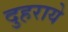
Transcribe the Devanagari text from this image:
दुहराये